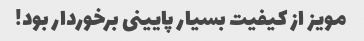
مویز از کیفیت بسیار پایینی برخوردار بود!